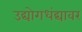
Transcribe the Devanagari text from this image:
उद्योगधंद्यावर